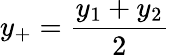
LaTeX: y_{+}=\frac{y_{1}+y_{2}}{2}